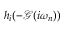
h _ { i } ( - \mathcal { G } ( i \omega _ { n } ) )